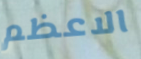
الاعظم